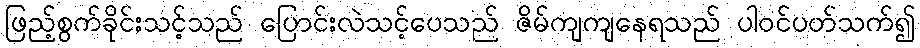
ဖြည့်စွက်ခိုင်းသင့်သည် ပြောင်းလဲသင့်ပေသည် ဇိမ်ကျကျနေရသည် ပါဝင်ပတ်သက်၍